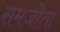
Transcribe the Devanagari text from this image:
समजोता